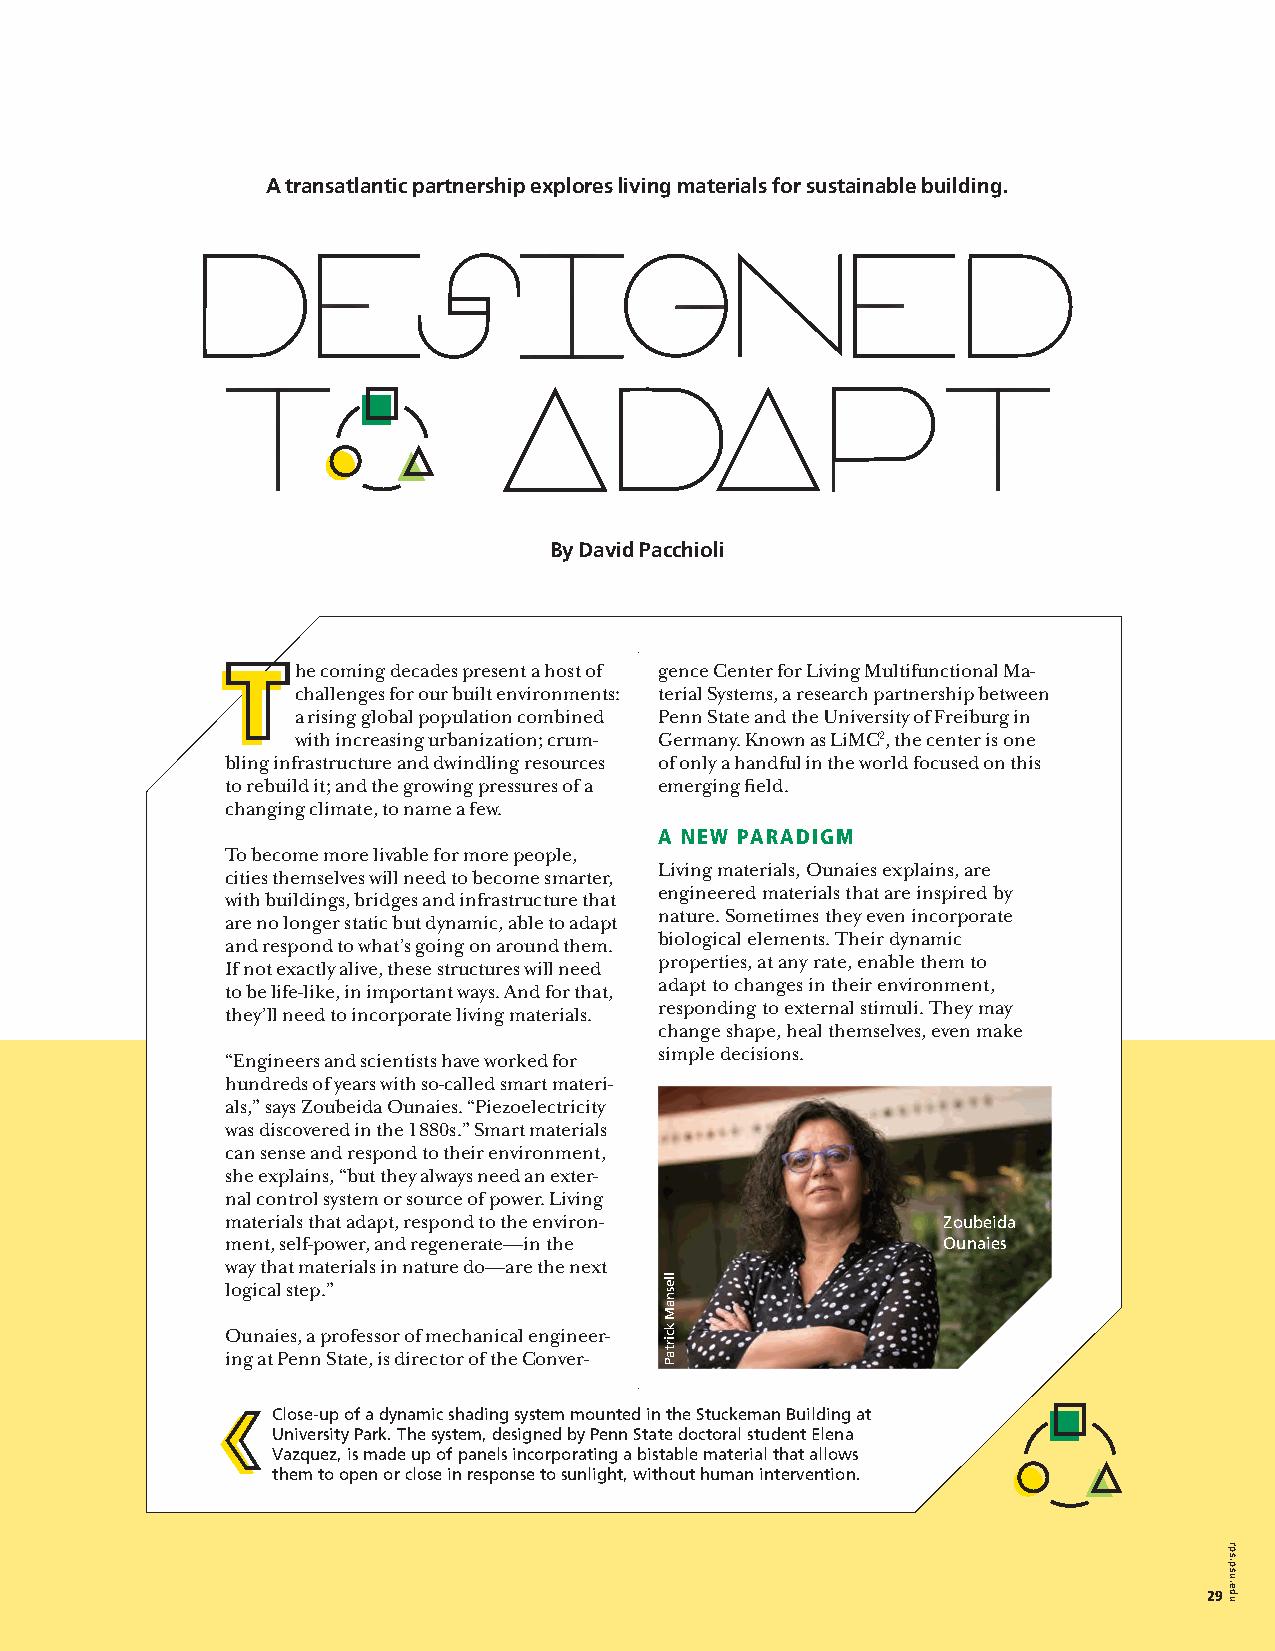
A transatlantic partnership explores living materials for sustainable building.
 By David Pacchioli
 he coming decades present a host of gence Center for Living Multifunctional Ma-
 challenges for our built environments: terial Systems, a research partnership between
 a rising global population combined Penn State and the University of Freiburg in
 with increasing urbanization; crum- Germany. Known as LiMC2, the center is one
 bling infrastructure and dwindling resources of only a handful in the world focused on this
 to rebuild it; and the growing pressures of a emerging field.
 changing climate, to name a few.
 A NEW PARADIGM
 To become more livable for more people,
 Living materials, Ounaies explains, are
 cities themselves will need to become smarter,
 engineered materials that are inspired by
 with buildings, bridges and infrastructure that
 nature. Sometimes they even incorporate
 are no longer static but dynamic, able to adapt
 biological elements. Their dynamic
 and respond to what’s going on around them.
 properties, at any rate, enable them to
 If not exactly alive, these structures will need
 adapt to changes in their environment,
 to be life-like, in important ways. And for that,
 responding to external stimuli. They may
 they’ll need to incorporate living materials.
 change shape, heal themselves, even make
 simple decisions.
 “Engineers and scientists have worked for
 hundreds of years with so-called smart materi-
 als,” says Zoubeida Ounaies. “Piezoelectricity
 was discovered in the 1880s.” Smart materials
 can sense and respond to their environment,
 she explains, “but they always need an exter-
 nal control system or source of power. Living
 materials that adapt, respond to the environ-  Zoubeida
 ment, self-power, and regenerate—in the        Ounaies
 way that materials in nature do—are the next
 logical step.”
 Ounaies, a professor of mechanical engineer-
 ing at Penn State, is director of the Conver-
 Close-up of a dynamic shading system mounted in the Stuckeman Building at
 University Park. The system, designed by Penn State doctoral student Elena
 Vazquez, is made up of panels incorporating a bistable material that allows
 them to open or close in response to sunlight, without human intervention.
 2299
 llesnaM
 kcirtaP
 llesnaM
 kcirtaP
 rps.psu.edu